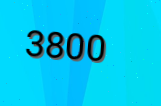
3800